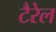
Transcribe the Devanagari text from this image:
टैरेल